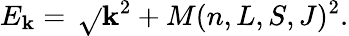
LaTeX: E_{\mathbf{k}}=\, \sqrt{}{{\mathbf{k}^{2}+M(n,L,S,J)^{2}}}.